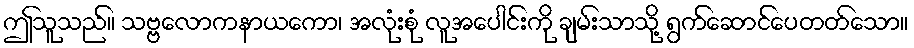
ဤသူသည်။ သဗ္ဗလောကနာယကော၊ အလုံးစုံ လူအပေါင်းကို ချမ်းသာသို့ ရွက်ဆောင်ပေတတ်သော။